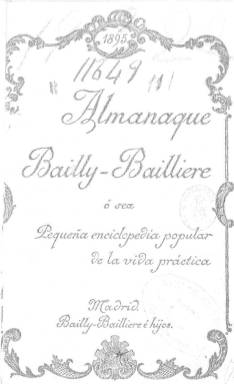
Título: Almanaque Bailly-Bailliere
Otros títulos: Pequeña enciclopedia popular de la vida práctica
Colección: Almanaques
Ámbito geográfico: Madrid
Lugar de publicación: Madrid
Fechas: 01/01/1895-31/12/1937

Subtitulado como “pequeña enciclopedia popular de la vida práctica”, es, además de un calendario y agenda, un anuario voluminoso (de entre 300 y 500 páginas) que incluye numerosos artículos de divulgación sobre historia, geografía, literatura, gramática, economía, ciencias, derecho, agricultura, ganadería, astronomía, medicina, heráldica, toros, teatro, arte, música, óbitos, cultura, viajes, moda, automóviles, aviación, deportes, comunicaciones, viajes, ocio, bricolage y de cuantos conocimientos útiles estaban dirigidos tanto a profesionales como al público en general. En cada edición irá publicando nuevas e interesantes informaciones y artículos divulgativos, que reflejan las novedades y temas que iban alcanzando gran popularidad e interés del gran público a lo largo de sus años de publicación, así como resúmenes de actualidad política, literaria o académica, tanto nacional como extranjera. Un compendio de informaciones generales y de noticias curiosas, acompañadas de centenares de grabados, fotografías, retratos y dibujos y que, además, fue un anticipo del popular Calendario zaragozano en cuanto a predicciones meteorológicas. Asimismo, incluyó una guía de Madrid, planos y mapas, y numerosa publicidad comercial. Nació bajo la dirección literaria de Eugenio Ochoa. Al final de cada edición incluye un índice de materias.